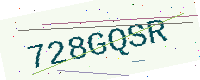
Text: 728GQSR